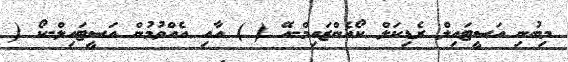
މިބުނި އަސީޓައިލް ރެޑިކަލް ކޯއެންޒައިމް-އޭ ( ) އާއި އެއްވުމުން އަސީޓައިލް-ކޯ (